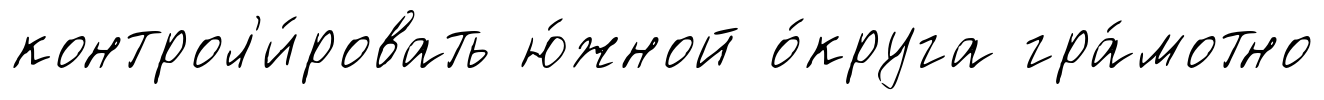
контрол'и́ровать ю́жной о́круга гра́мотно